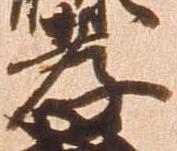
孝